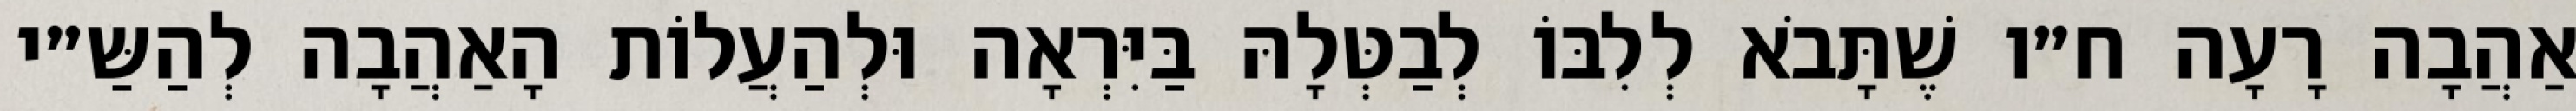
אַהֲבָה רָעָה ח״ו שֶׁתָּבֹא לְלִבּוֹ לְבַטְּלָהּ בַּיִּרְאָה וּלְהַעֲלוֹת הָאַהֲבָה לְהַשַּ״י